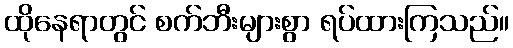
ထိုနေရာတွင် စက်ဘီးများစွာ ရပ်ထားကြသည်။